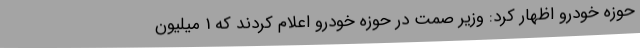
حوزه خودرو اظهار کرد: وزیر صمت در حوزه خودرو اعلام کردند که 1 میلیون